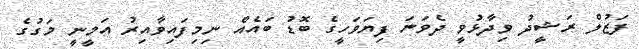
ފަޒުލް ރަޝީދު ވިދާޅުވީ ދެވަނަ ފިޔަވަހީގެ ބޮޑު ބައެއް ނިމިފައިވާއިރު އަމީނީ މަގުގެ